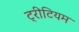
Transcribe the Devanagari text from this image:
ट्रीटियम